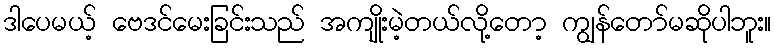
ဒါပေမယ့် ဗေဒင်မေးခြင်းသည် အကျိုးမဲ့တယ်လို့တော့ ကျွန်တော်မဆိုပါဘူး။